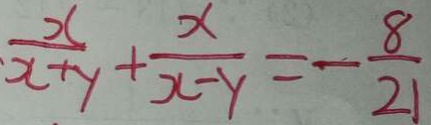
\frac { 2 0 } { x + y } + \frac { x } { x - y } = - \frac { 8 } { 2 1 }